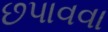
છપાવવા